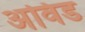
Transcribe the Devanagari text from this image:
अविड